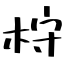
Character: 𣑋